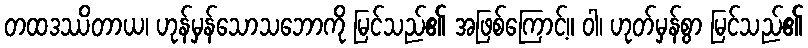
တထဒဿိတာယ၊ ဟုန်မှန်သောသဘောကို မြင်သည်၏ အဖြစ်ကြောင့်။ ဝါ၊ ဟုတ်မှန်စွာ မြင်သည်၏